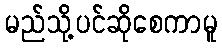
မည်သို့ပင်ဆိုစေကာမူ